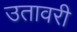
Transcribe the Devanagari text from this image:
उतावरी